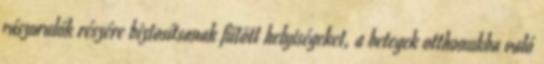
rászorulók részére biztosítsanak fűtött helyiségeket, a betegek otthonukba való